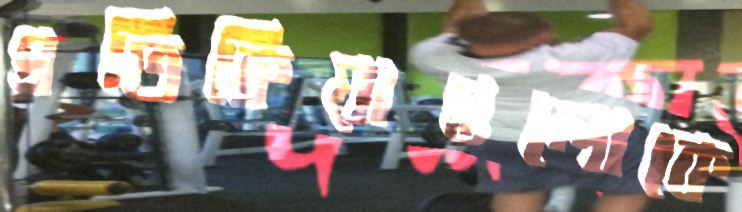
প্রতিক্রিয়াগুলোকে